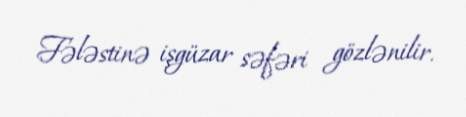
Fələstinə işgüzar səfəri gözlənilir.